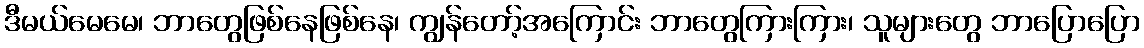
ဒီမယ်မေမေ၊ ဘာတွေဖြစ်နေဖြစ်နေ၊ ကျွန်တော့်အကြောင်း ဘာတွေကြားကြား၊ သူများတွေ ဘာပြောပြော